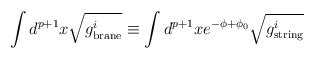
\begin{align*}\int d^{p+1} x \sqrt{g^i _{\mbox{\scriptsize brane}}} \equiv\int d^{p+1} x e^{-\phi + \phi_0}\sqrt{g^i _{\mbox{\scriptsize string}}}\end{align*}